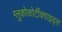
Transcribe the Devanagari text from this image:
ग्लुकोकोर्टीक्वाइड्स